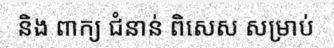
និង ពាក្យ ជំនាន់ ពិសេស សម្រាប់